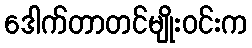
ဒေါက်တာတင်မျိုးဝင်းက